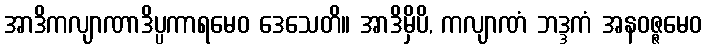
အာဒိကလျာဏာဒိပ္ပကာရမေဝ ဒေသေတိ။ အာဒိမှိပိ, ကလျာဏံ ဘဒ္ဒကံ အနဝဇ္ဇမေဝ